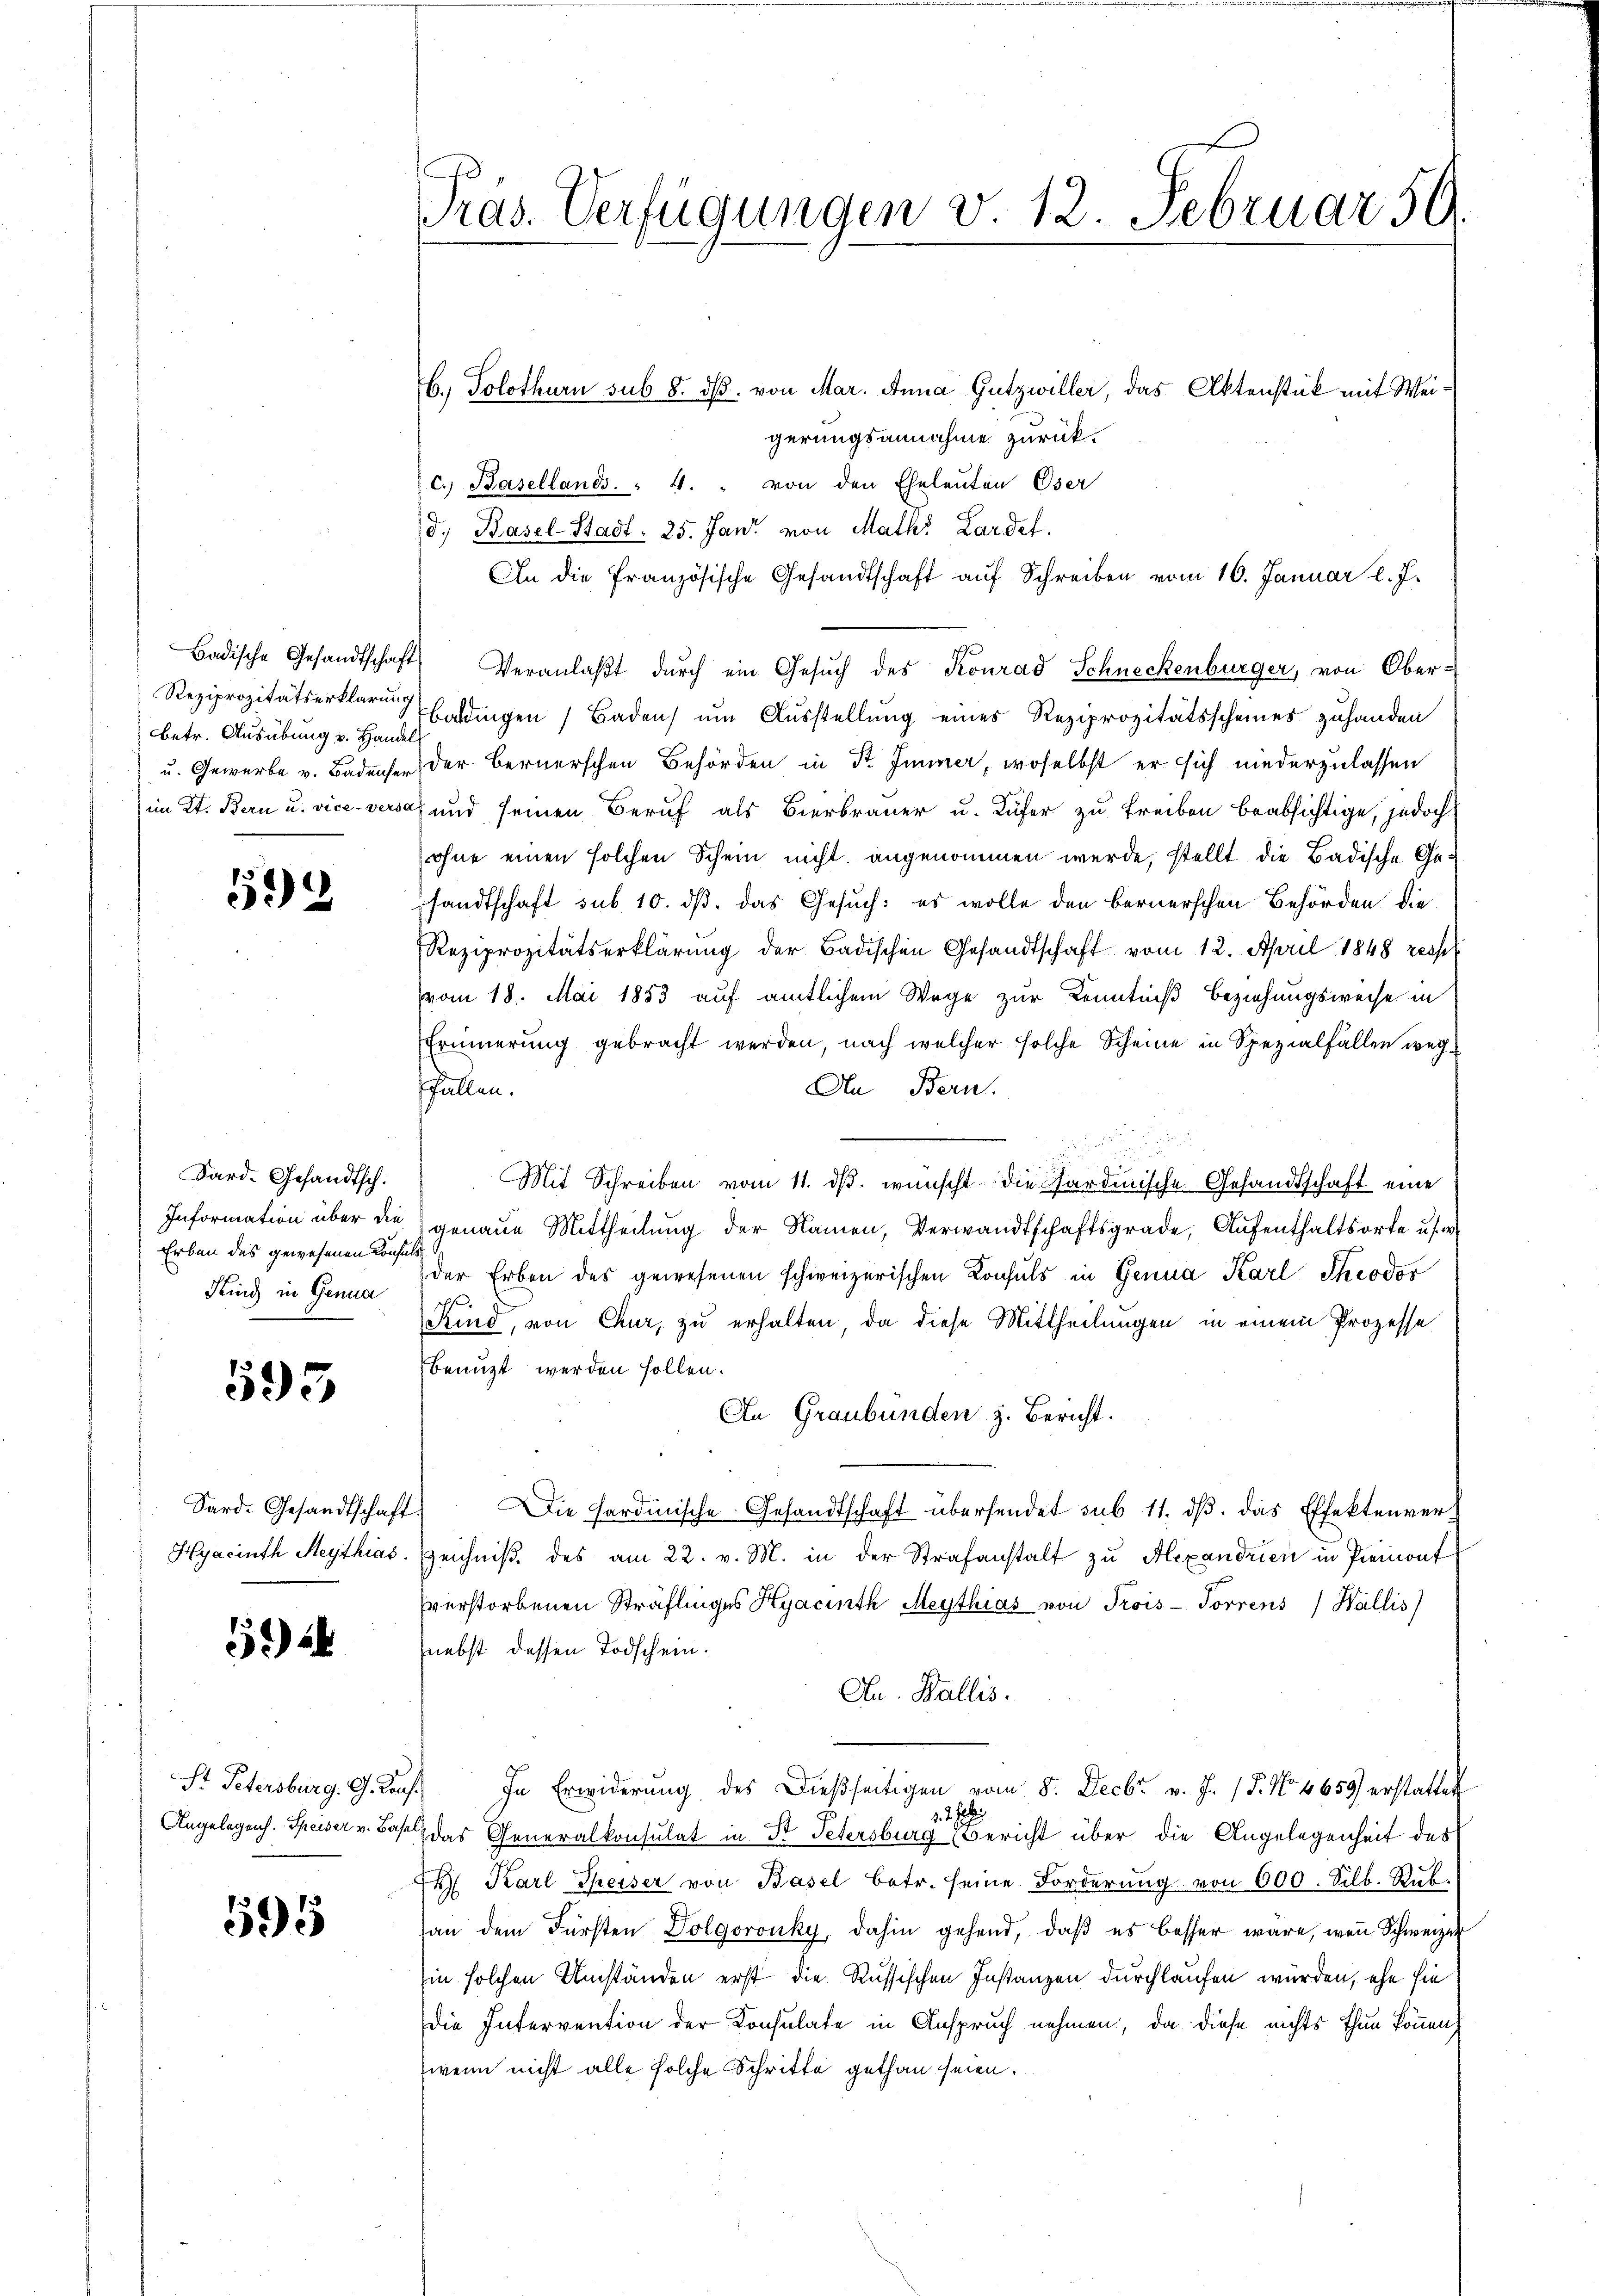
Reziprozitätserklärung
betr. Ausübung v. Handel

592

Sard. Gesandtsch.
Erben des gewesenen Konsuls
Kind in Genua

593

) 2

Sr Petersburg, G. Kauf.

595

Präs. Verfügungen v. 12. Februar 59.

b.) Solothurn sub 8. ds. von Mar. Anna Gutzwiller, das Aktenstück mit Weigerungsannahme zurück.
c. Basellands. " 4. " von den Eheleuten Oser
d. Basel-Stadt. 25. Jani von Math. Lardel.
An die französische Gesandtschaft aŭf Schreiben vom 16. Januar l. J.
Badische Gesandtschaft Veranlaβt dŭrch ein Gesŭch des Konrad Schneckenbürger, von Oberbaldingen Baden um Ausstellung eines Reziprozitätsscheines zuhanden
u. Gewerbe v. Badenser der Bernerschen Behörden in Str. Immer, woselbst er sich niederzulassen
im Kt. Bern u. viceversch und seinen Beruf als Bierbrauer u. Küfer zu treiben beabsichtige, jedoch
ohne einen solchen Schein nicht angenommen werde, stellt die Badische Gesandtschaft sub 10. ds. das Gesuch: es wolle den bernerschen Behörden die
Reziprozitätserklärung der Badischen Gesandtschaft vom 12. April 1848 ressel
vom 18. Mai 1883 auf amtlichem Wege zur Kenntniß beziehungsweise in
Erinnerung gebracht werden, nach welcher solche Scheine in Spezialfällen wegfüllen.
An Bern.
Mit Schreiben vom 11. dβ. wünscht. Die Gardinische Gesandtschaft eine
Information über die genaue Mittheilung der Namen, Verwandtschaftsgrade, Aufenthaltsorte u s. w.
der Erben des gewesenen schweizerischen Consuls in Genua Karl Theodor
Kind, von Chur, zu erhalten, da diese Mittheilungen in einem Prozesse
benuzt werden sollen.
An Graubünden z. Bericht.
Sard. Gesandtschaft. Die Fardinische Gesandtschaft übersendet sub 11. dβ das Effektenver-
Hyacinth Meythias. Zeichniβ des am 22. v. M. in der Strafanstalt zu Alexandrien in Preinauf
verstorbenen Sträflinges Hyacinth Meythias von Trois-Forrens Wallis)
nebst dessen Todschein.
Au. Wallis.
In Erwiderŭng des Dießseitigen vom 8. Decbr. v. J. P. Nr. 4659 erstattet
3. 2. Ju
Angelegens. Speiser v. Base das Generalkonsulat in St. Petersburg Bericht über die Angelegenheit des
 Karl Theiser von Basel betr. seine Forderŭng von 600. Silb. Rŭb.
an dem Fürsten Dolgoronky, dahin gehend, daβ es besser wäre, wenn Schweizer
hin solchen Umständen erst die Russischen Instanzen durchlaufen würden, ehe sie
die Intervention der Konsulate in Anspruch nehmen, da diese nichts thun können,
wenn nicht alle solche Schritte gethan seien.